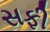
સફી